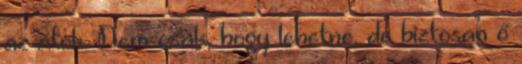
az átok. Nem csak, hogy lehetne, de biztosan ő